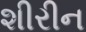
શીરીન